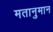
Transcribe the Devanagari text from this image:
मतानुमान